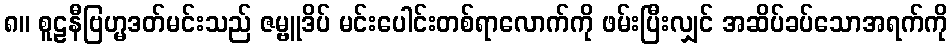
၈။ စူဠနီဗြဟ္မဒတ်မင်းသည် ဇမ္ဗူဒိပ် မင်းပေါင်းတစ်ရာလောက်ကို ဖမ်းပြီးလျှင် အဆိပ်ခပ်သောအရက်ကို